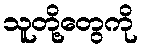
သူတို့တွေကို